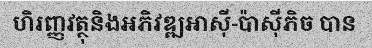
ហិរញ្ញវត្ថុនិងអភិវឌ្ឍអាស៊ី-ប៉ាស៊ីភិច បាន